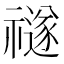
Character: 禭